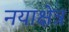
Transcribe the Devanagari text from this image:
नयाक्षेत्र